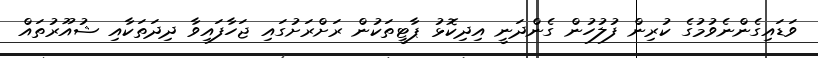
ވަޑައިގެންނެވުމުގެ ކުރިން ފުލުހުން ގެންދަނީ އިދިކޮޅު ޕާޓީތަކުން ރަށްރަށުގައި ޖަހާފައިވާ ދިދަތަކާއި ޝުއޫރުތައް